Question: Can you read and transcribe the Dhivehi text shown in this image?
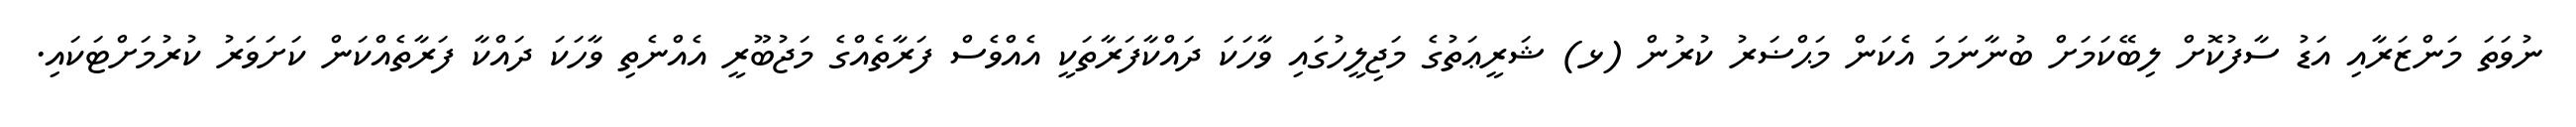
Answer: ނުވަތަ މަންޒަރާއި އަޑު ސާފުކޮށް ލިބޭކަމަށް ބުނާނަމަ އެކަން މަޙްޟަރު ކުރުން (ޅ) ޝަރީޢަތުގެ މަޖިލީހުގައި ވާހަކަ ދައްކާފަރާތަކީ އެއްވެސް ފަރާތެއްގެ މަޖުބޫރީ އެއްނެތި ވާހަކަ ދައްކާ ފަރާތެއްކަން ކަށަވަރު ކުރުމަށްޓަކައި.